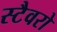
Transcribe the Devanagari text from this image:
स्टैवरो